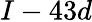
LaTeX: I-43d